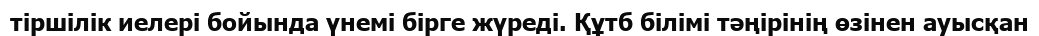
тіршілік иелері бойында үнемі бірге жүреді. Құтб білімі тәңірінің өзінен ауысқан